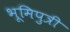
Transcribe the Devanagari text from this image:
भूमिपुत्री